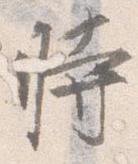
時